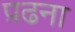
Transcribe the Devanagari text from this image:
प़ढना